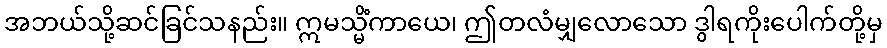
အဘယ်သို့ဆင်ခြင်သနည်း။ ဣမသ္မိံကာယေ၊ ဤတလံမျှလောသော ဒွါရကိုးပေါက်တို့မှ